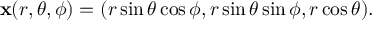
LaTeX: \mathbf { x } ( r , \theta , \phi ) = ( r \sin \theta \cos \phi , r \sin \theta \sin \phi , r \cos \theta ) .